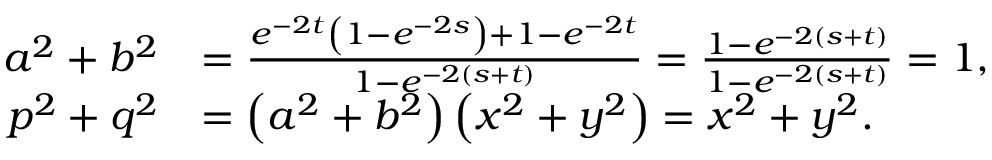
\begin{array} { r l } { a ^ { 2 } + b ^ { 2 } } & { = \frac { e ^ { - 2 t } \left( 1 - e ^ { - 2 s } \right) + 1 - e ^ { - 2 t } } { 1 - e ^ { - 2 ( s + t ) } } = \frac { 1 - e ^ { - 2 ( s + t ) } } { 1 - e ^ { - 2 ( s + t ) } } = 1 , } \\ { p ^ { 2 } + q ^ { 2 } } & { = \left( a ^ { 2 } + b ^ { 2 } \right) \left( x ^ { 2 } + y ^ { 2 } \right) = x ^ { 2 } + y ^ { 2 } . } \end{array}